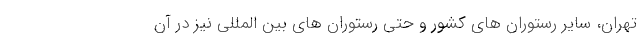
تهران، سایر رستوران های کشور و حتی رستوران های بین المللی نیز در آن